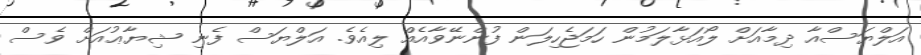
އަލްޔަސްއާ ދިމާއަށް ލޯއަޅާލަމުން ހަމަޖެހިލަން ފުންނޭވާއެއް ލިއެވެ. އަލްޔަސް ފެނި ޝިޔާޢުއަށް ވެސް